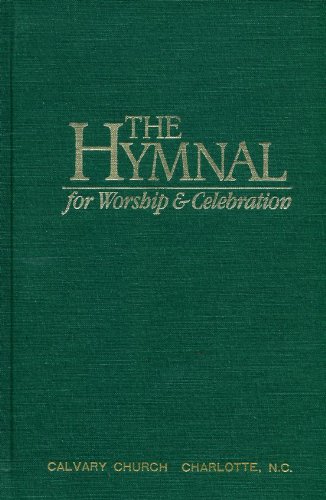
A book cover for The Hymnal for Worship & Celebration - Green Hardcover; Christian Books & Bibles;